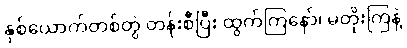
နှစ်ယောက်တစ်တွဲ တန်းစီပြီး ထွက်ကြနော်၊ မတိုးကြနဲ့